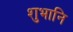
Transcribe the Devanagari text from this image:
शुभानि